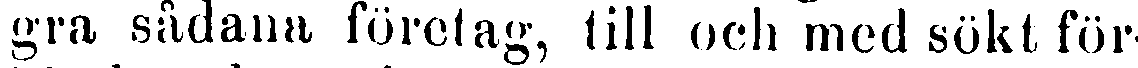
gra sådana företag, till och med sökt för-